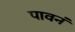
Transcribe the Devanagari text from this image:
पावनं